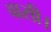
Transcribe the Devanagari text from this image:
वासी।